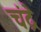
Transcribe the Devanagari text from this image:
चंद्रे